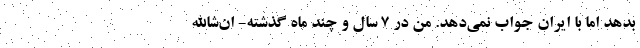
بدهد اما با ايران جواب نمي‌دهد. من در 7 سال و چند ماه گذشته- ان‌شاالله